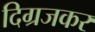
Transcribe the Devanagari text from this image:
दिग्रजकर